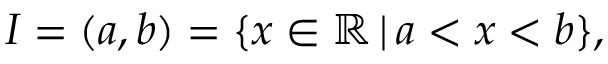
I = ( a , b ) = \{ x \in \mathbb { R } \, | \, a < x < b \} ,